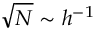
\sqrt { N } \sim h ^ { - 1 }